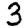
Digit: 3